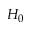
H _ { 0 }